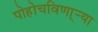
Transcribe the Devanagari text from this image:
पोहोचविणा्र्‍या